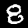
Digit: 8